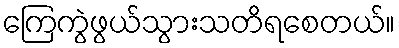
ကြေကွဲဖွယ်သွားသတိရစေတယ်။